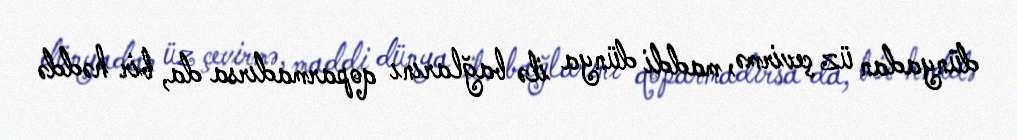
dünyadan üz çevirmə, maddi dünya ilə bağlarını qoparmadırsa da, bir həddə